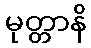
မုတ္တာနိ